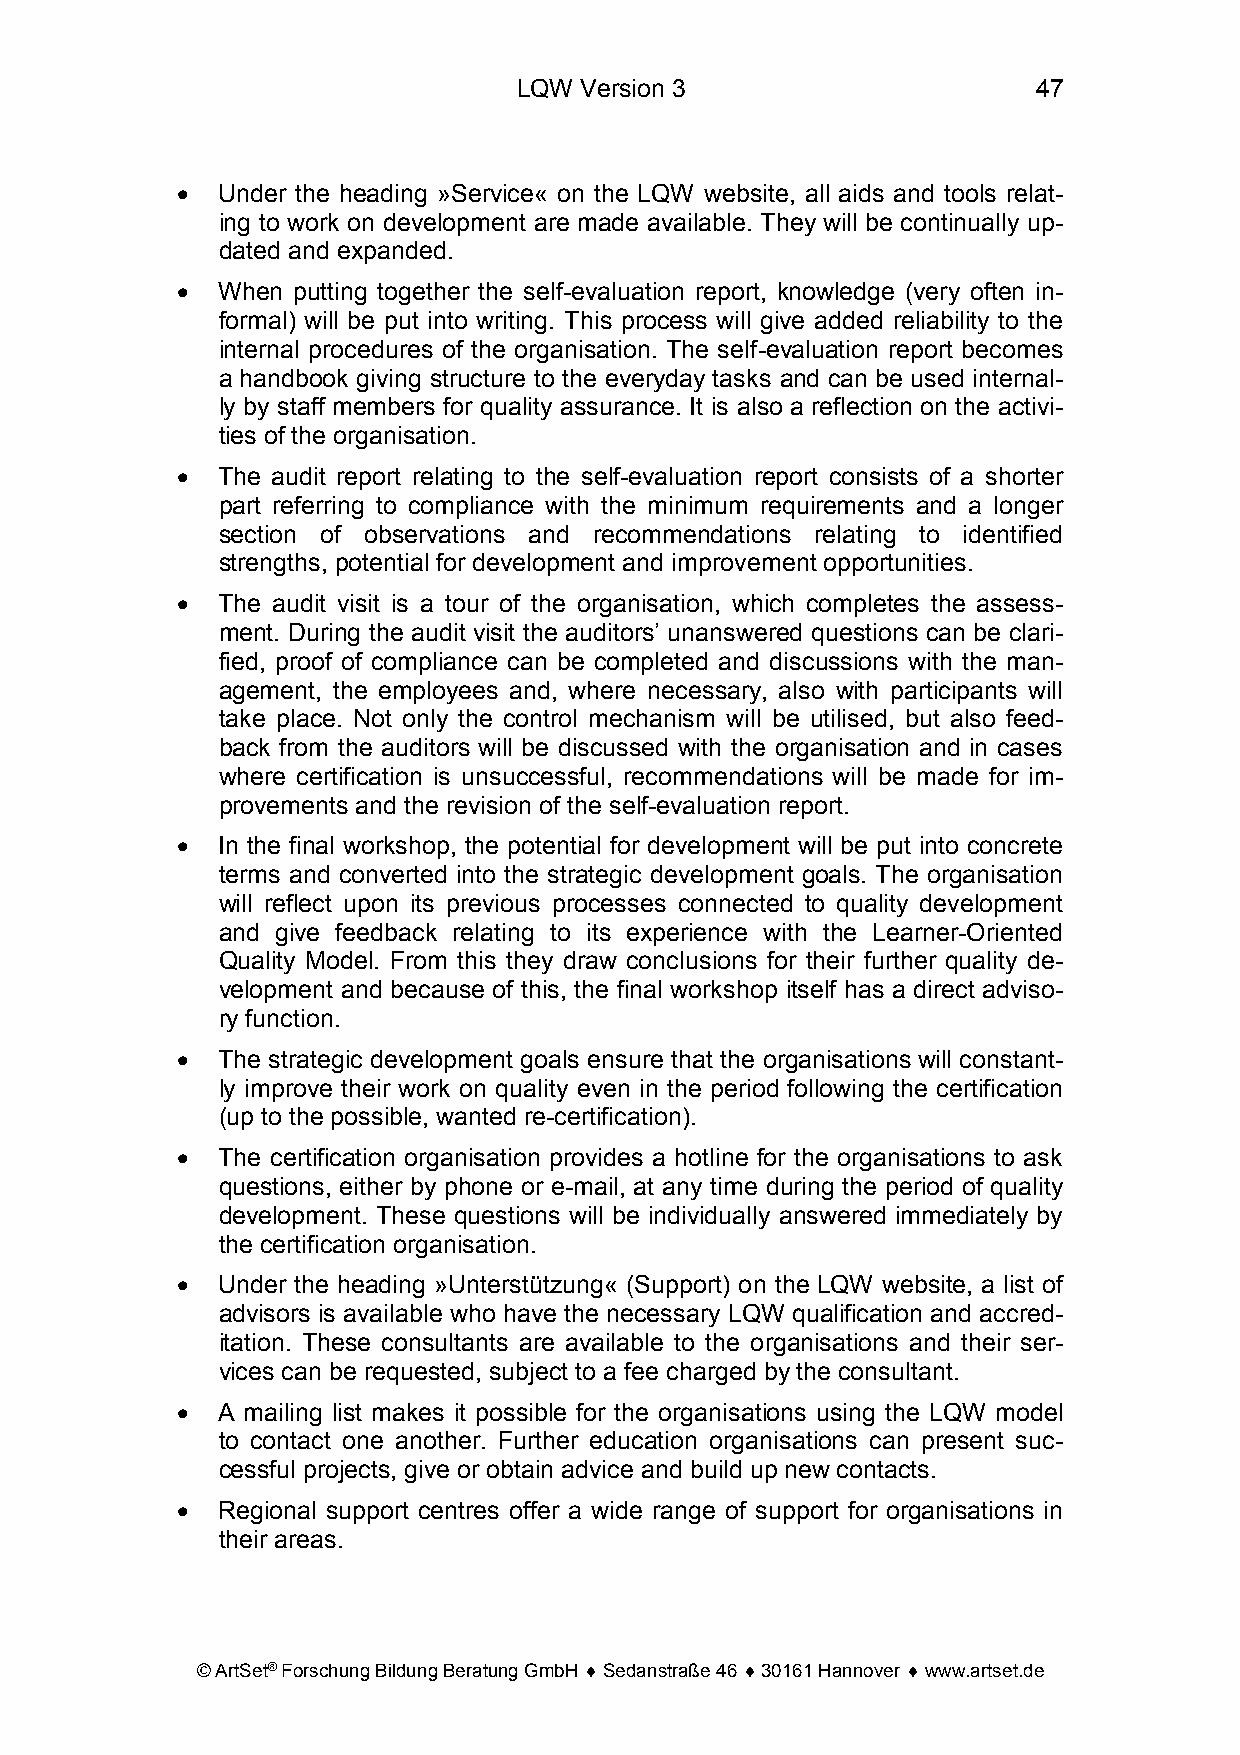
LQW Version 3                      47
 • Under the heading »Service« on the LQW website, all aids and tools relat-
 ing to work on development are made available. They will be continually up-
 dated and expanded.
 • When putting together the self-evaluation report, knowledge (very often in-
 formal) will be put into writing. This process will give added reliability to the
 internal procedures of the organisation. The self-evaluation report becomes
 a handbook giving structure to the everyday tasks and can be used internal-
 ly by staff members for quality assurance. It is also a reflection on the activi-
 ties of the organisation.
 • The audit report relating to the self-evaluation report consists of a shorter
 part referring to compliance with the minimum requirements and a longer
 section of observations and recommendations relating to identified
 strengths, potential for development and improvement opportunities.
 • The audit visit is a tour of the organisation, which completes the assess-
 ment. During the audit visit the auditors’ unanswered questions can be clari-
 fied, proof of compliance can be completed and discussions with the man-
 agement, the employees and, where necessary, also with participants will
 take place. Not only the control mechanism will be utilised, but also feed-
 back from the auditors will be discussed with the organisation and in cases
 where certification is unsuccessful, recommendations will be made for im-
 provements and the revision of the self-evaluation report.
 • In the final workshop, the potential for development will be put into concrete
 terms and converted into the strategic development goals. The organisation
 will reflect upon its previous processes connected to quality development
 and give feedback relating to its experience with the Learner-Oriented
 Quality Model. From this they draw conclusions for their further quality de-
 velopment and because of this, the final workshop itself has a direct adviso-
 ry function.
 • The strategic development goals ensure that the organisations will constant-
 ly improve their work on quality even in the period following the certification
 (up to the possible, wanted re-certification).
 • The certification organisation provides a hotline for the organisations to ask
 questions, either by phone or e-mail, at any time during the period of quality
 development. These questions will be individually answered immediately by
 the certification organisation.
 • Under the heading »Unterstützung« (Support) on the LQW website, a list of
 advisors is available who have the necessary LQW qualification and accred-
 itation. These consultants are available to the organisations and their ser-
 vices can be requested, subject to a fee charged by the consultant.
 • A mailing list makes it possible for the organisations using the LQW model
 to contact one another. Further education organisations can present suc-
 cessful projects, give or obtain advice and build up new contacts.
 • Regional support centres offer a wide range of support for organisations in
 their areas.
 © ArtSet® Forschung Bildung Beratung GmbH ♦ Sedanstraße 46 ♦ 30161 Hannover ♦ www.artset.de